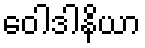
ဝေါဒါနိယာ